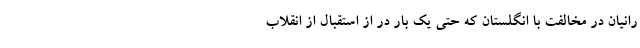
رانیان در مخالفت با انگلستان که حتی یک بار در از استقبال از انقلاب